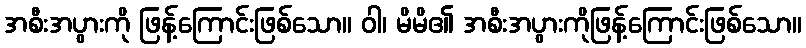
အစီးအပွားကို ဖြန့်ကြောင်းဖြစ်သော။ ဝါ၊ မိမိ၏ အစီးအပွားကိုဖြန့်ကြောင်းဖြစ်သော။